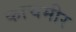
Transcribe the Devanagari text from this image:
काचमीर